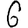
Digit: 6